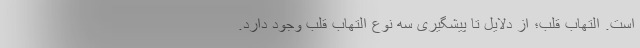
است. التهاب قلب؛ از دلایل تا پیشگیری سه نوع التهاب قلب وجود دارد.